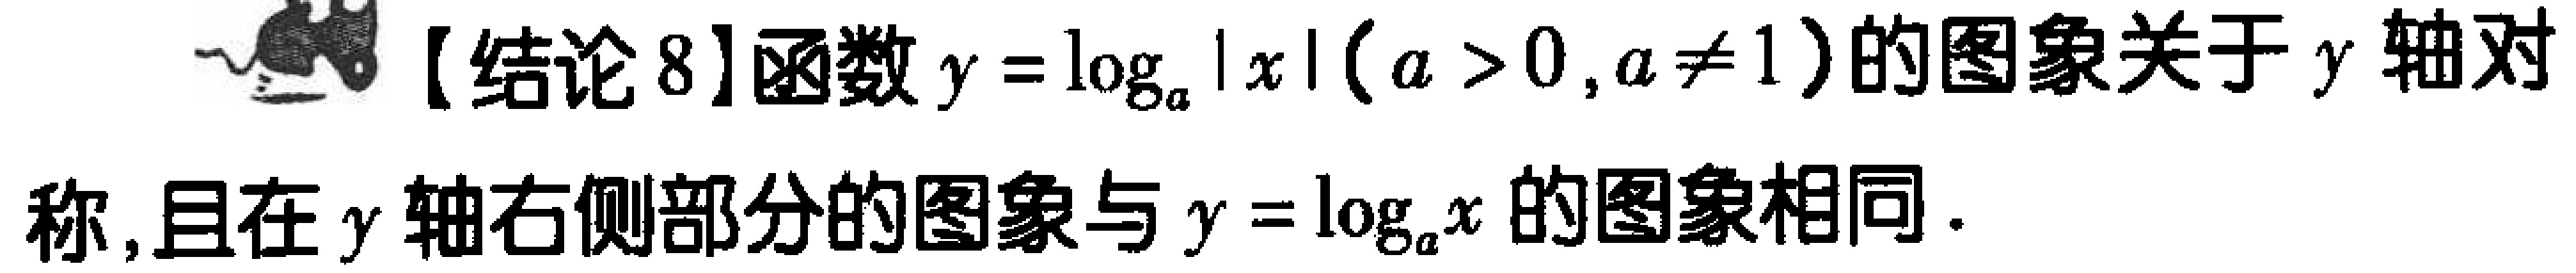
【结论 8】函数\(y = \log_{a}|x|(a > 0,a\neq 1)\)的图象关于\(y\)轴对称，且在\(y\)轴右侧部分的图象与\(y = \log_{a}x\)的图象相同.